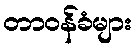
တာဝန်ခံများ